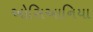
ઓસિઆનિયા